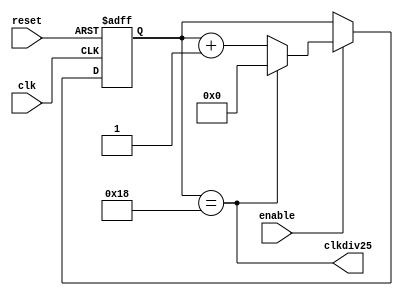
module cnt25 (reset, clk, enable, clkdiv25);
    input reset, clk, enable;
    output clkdiv25;
    reg [5:0] cnt;

    assign clkdiv25 = (cnt==5'd24);
    always @(posedge reset or posedge clk)
      if (reset) cnt <= 0;
       else if (enable) 
              if (clkdiv25) cnt <= 0;
                else cnt <= cnt + 1;
endmodule

module cnt8b (reset, clk, enable, clkdiv256);
    input reset, clk, enable;
    output clkdiv256;
    reg [7:0] cnt;

    assign clkdiv256 = (cnt==8'd255);
    always @(posedge reset or posedge clk)
      if (reset) cnt <= 0;
       else if (enable) cnt <= cnt + 1;
endmodule


module OneHertz(reset, clk, en_nxt);
    input clk, reset;
    output en_nxt;
    wire clk1Hz;
    wire first, second, third, fourth;

    cnt25 i0 (reset, clk, 1'b1, first);
    cnt25 i1 (reset, clk, first, second);
    cnt25 i2 (reset, clk, first & second, third);
    cnt25 i3 (reset, clk, first & second & third, fourth);
    cnt8b i4 (reset, clk, first & second & third & fourth, clk1Hz);
    assign en_nxt = first & second & third & fourth & clk1Hz;
endmodule